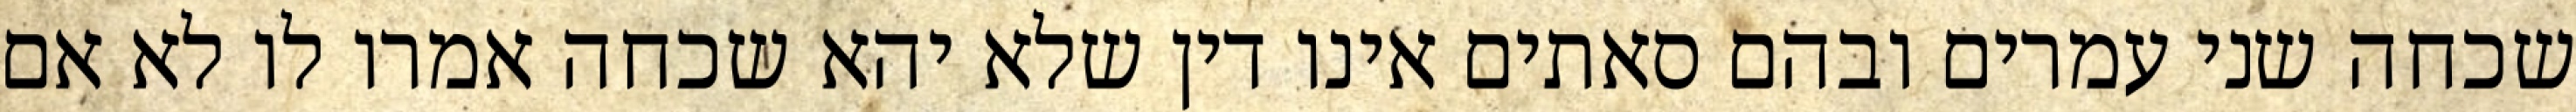
שכחה שני עמרים ובהם סאתים אינו דין שלא יהא שכחה אמרו לו לא אם